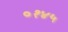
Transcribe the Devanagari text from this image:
०१४५